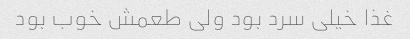
غذا خیلی سرد بود ولی طعمش خوب بود